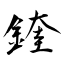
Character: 鍷